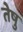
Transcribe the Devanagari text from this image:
तेषु